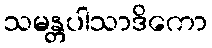
သမန္တပါသာဒိကော